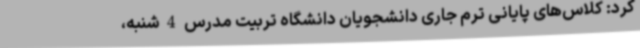
کرد: کلاس‌های پایانی ترم جاری دانشجویان دانشگاه تربیت مدرس 4 شنبه،